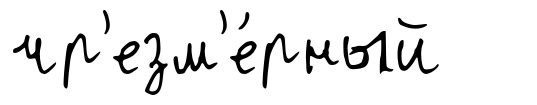
чр'езм'е́рный